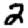
Digit: 2